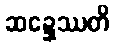
ဆဍ္ဍေဿတိ